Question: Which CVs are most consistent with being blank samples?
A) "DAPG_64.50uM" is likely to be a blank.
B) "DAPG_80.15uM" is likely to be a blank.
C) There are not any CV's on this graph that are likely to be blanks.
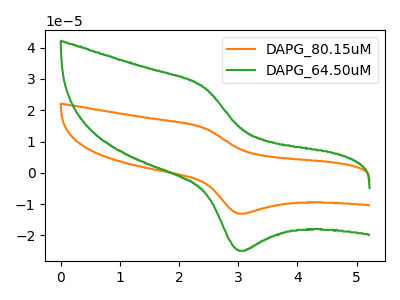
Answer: <think>The orange curve "DAPG_80.15uM" has an anodic peak at (2.45V, 14.30uA) and a cathodic peak at (3.00V, -13.05uA). The green curve "DAPG_64.50uM" has an anodic peak at (2.45V, 27.25uA) and a cathodic peak at (3.00V, -24.95uA).</think>
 <answer>C) There are not any CV's on this graph that are likely to be blanks.</answer>
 <eval>C</eval>